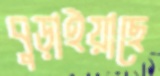
বুড়াইয়াছে